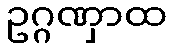
ဥဂ္ဂဏှာထ